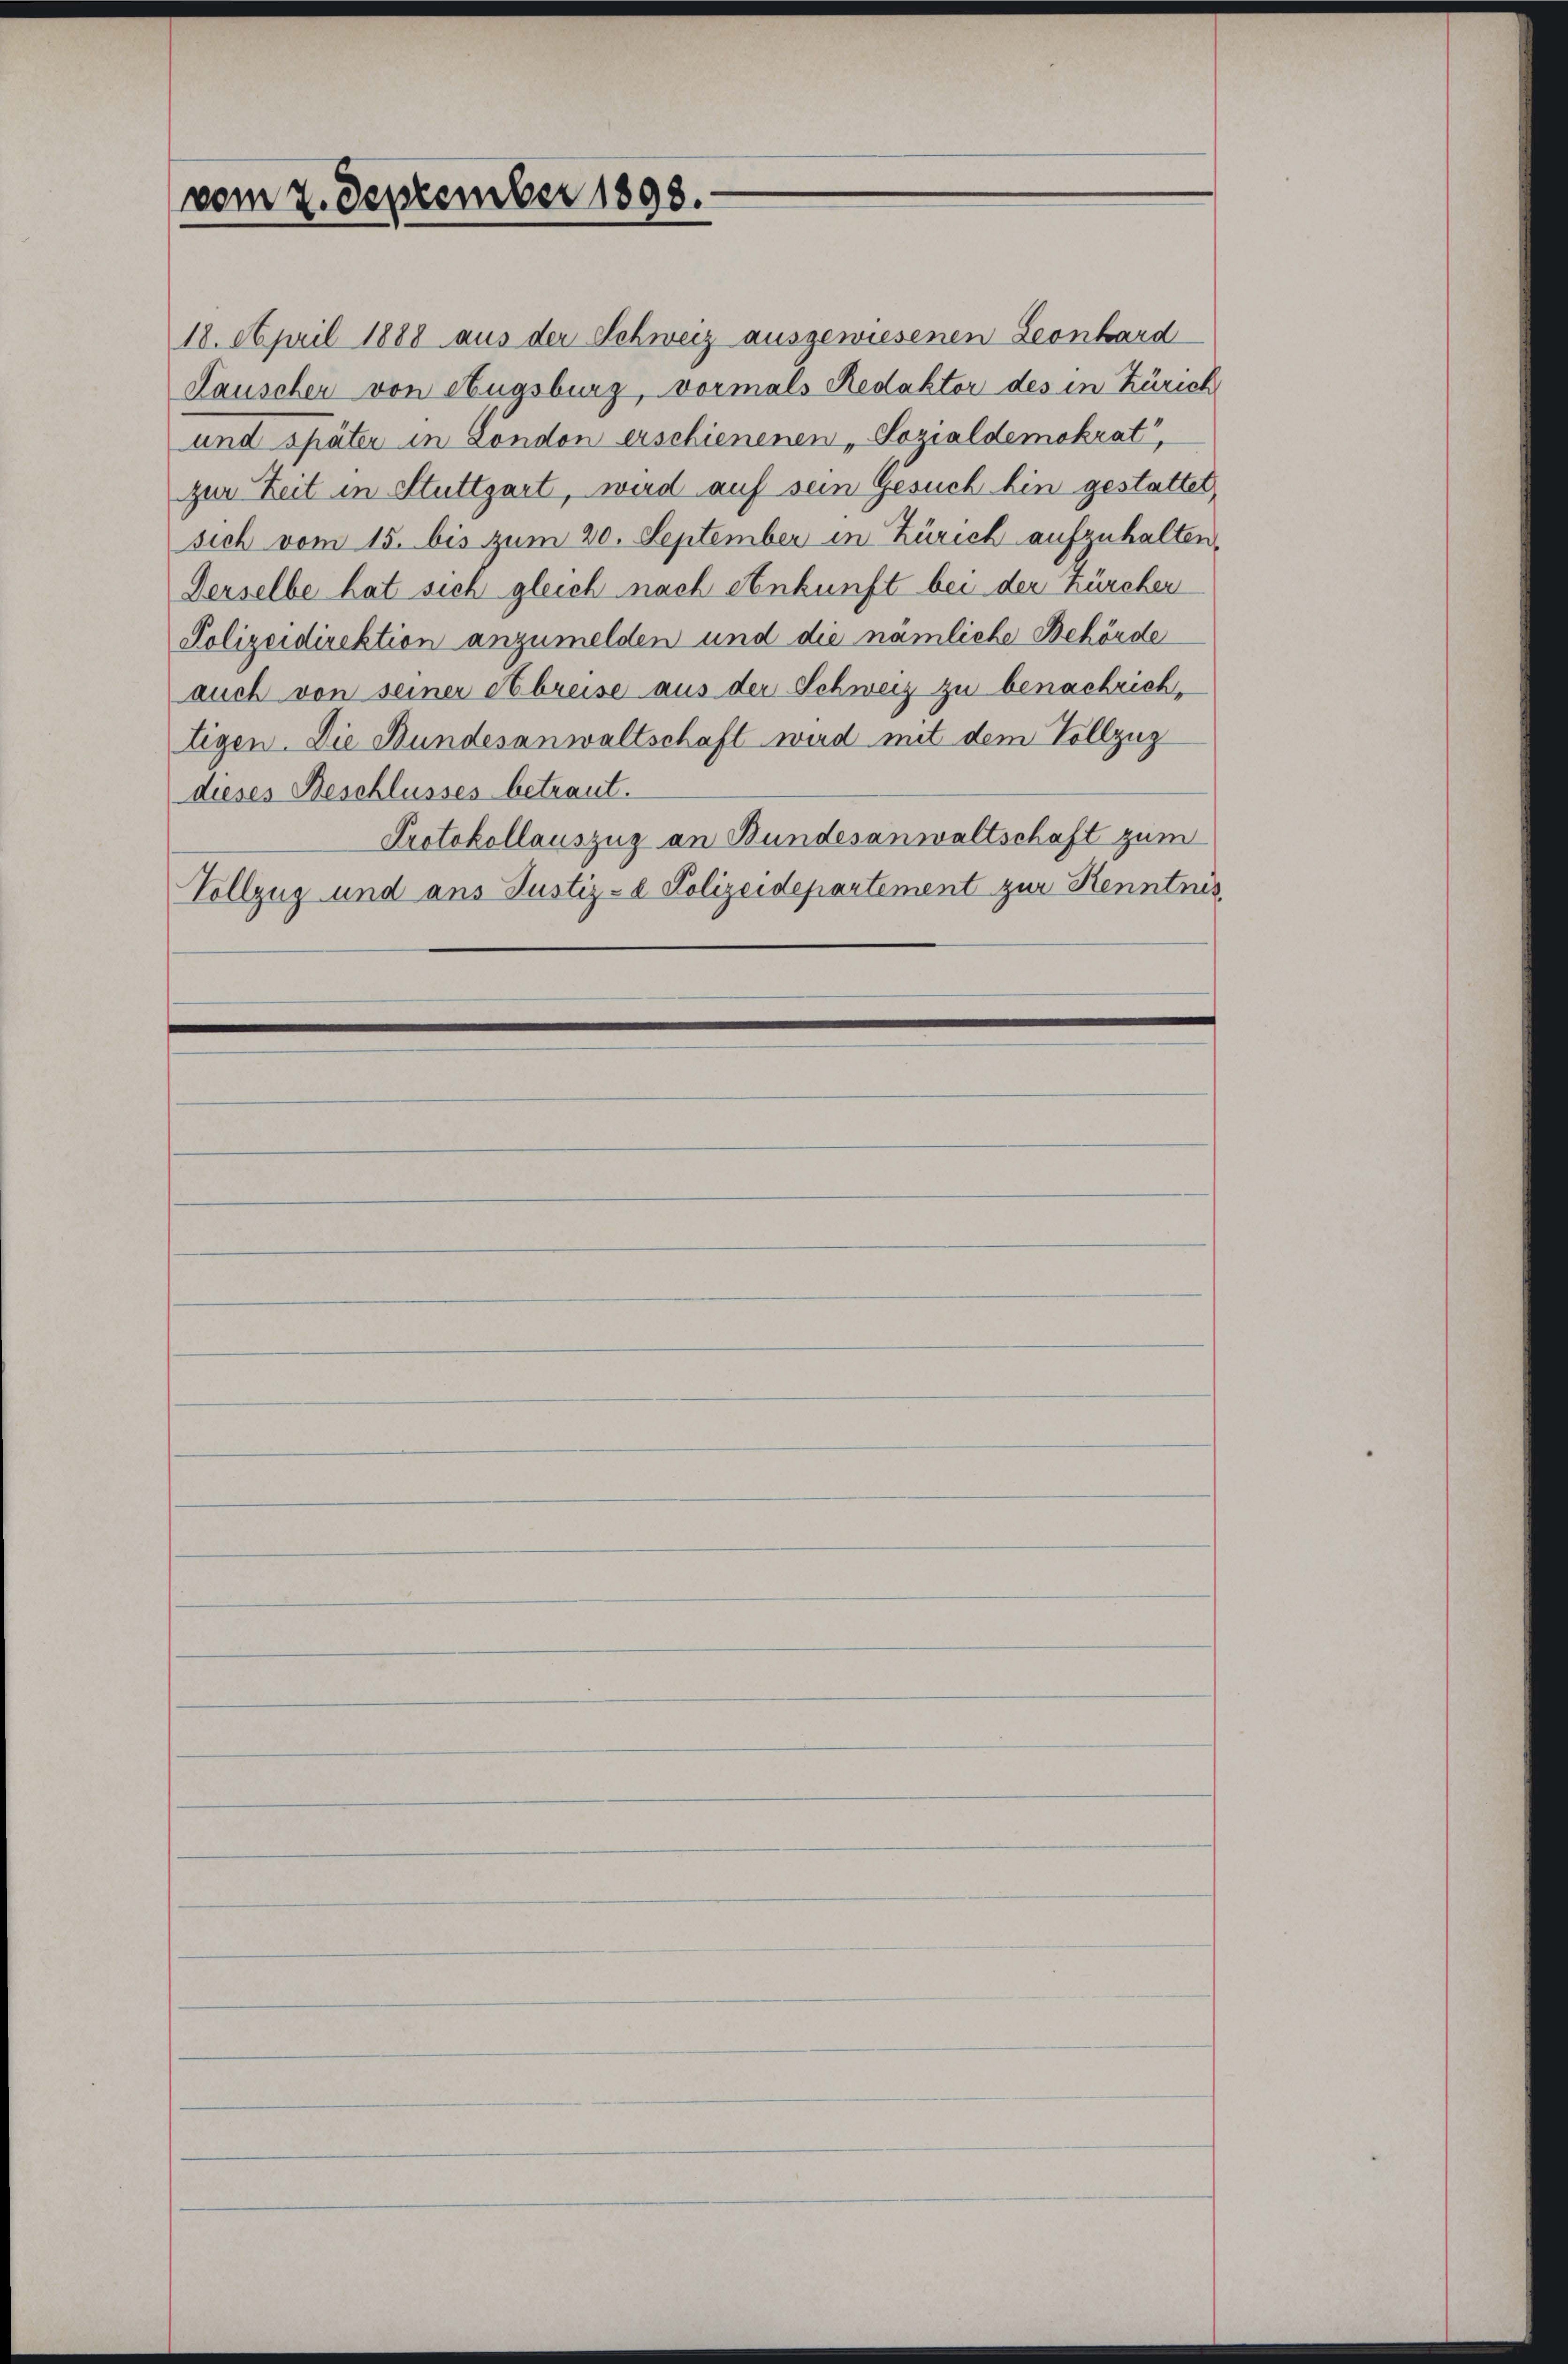
vom 2. September 1898.

18. April 1888 aus der Schweiz ausgewiesenen Leonhard
Lauscher von Augsburg, vormals Redaktor des in Zürich
und später in London erschienenen „Sozialdemokrat,
zur Zeit in Stuttgart, wird auf sein Gesuch hin gestattet,
sich vom 15. bis zum 20. September in Zürich aufzuhalten,
Derselbe hat sich gleich nach Ankunft bei der Zürcher
Polizeidirektion anzumelden und die nämliche Behörde
auch von seiner Abreise aus der Schweiz zu benachrichtigen. Die Bundesanwaltschaft wird mit dem Vollzug
dieses Beschlusses betraut.
Protokollauszug an Bundesanwaltschaft zum
Vollzug und ans Justiz- & Polizeidepartement zur Kenntnis,